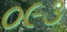
૦૯૩